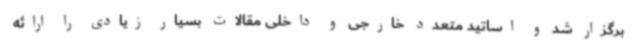
برگزار شد و اساتید متعدد خارجی و داخلی مقالات بسیار زیادی را ارائه